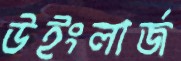
উইংলার্জ